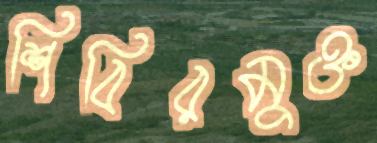
শিবিরমুক্ত